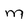
Character: M